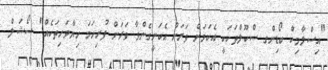
"އިސްލާމިކް ބޯޑިންގ ސްކޫލްތަކަކީ އެކަމަށް ވަރަށް އެކަށީގެންވާ ވަރަށް ފުރިހަމަ ހިޔާވަހިތަކެއް" ސޯޝަލް